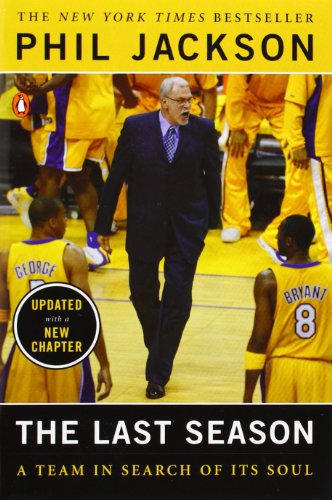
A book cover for The Last Season: A Team in Search of Its Soul; Phil Jackson; Sports & Outdoors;